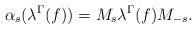
LaTeX: \begin{align*}\alpha_s(\lambda^{\Gamma}(f)) = M_s\lambda^{\Gamma}(f) M_{-s}.\end{align*}